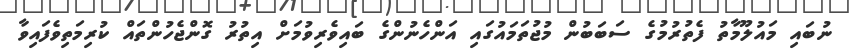
ނުބައި މައުލޫމާތު ފެތުރުމުގެ ސަބަބުން މުޖުތަމައުގައި އަންހެނުންގެ ބައިވެރިވުމަށް އިތުރު ގޮންޖެހުންތައް ކުރިމަތިވެފައިވާ